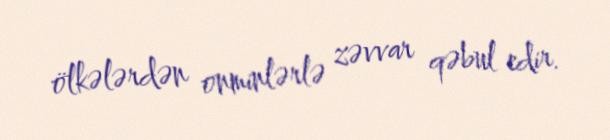
ölkələrdən onminlərlə zəvvar qəbul edir.